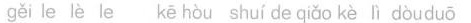
gěi le lè le kē hòu shuí de qíǎo kè lì dòuduō